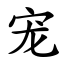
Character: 宠